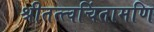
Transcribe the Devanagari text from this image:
श्रीतत्त्वचिंतामणि